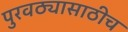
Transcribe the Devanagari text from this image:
पुरवठ्यासाठीच